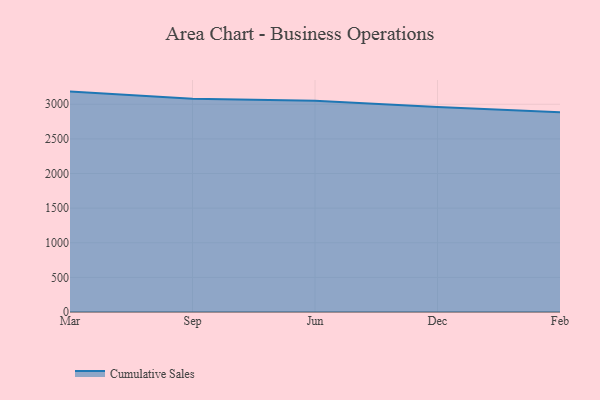
{"axis": {"x": "Month", "y": "Waste Production (Tons)"}, "legend": ["Cumulative Sales"], "data": [{"x": "Mar", "y": 3183.1, "type": "Cumulative Sales"}, {"x": "Sep", "y": 3078.6, "type": "Cumulative Sales"}, {"x": "Jun", "y": 3052.5, "type": "Cumulative Sales"}, {"x": "Dec", "y": 2960.2, "type": "Cumulative Sales"}, {"x": "Feb", "y": 2885.8, "type": "Cumulative Sales"}]}